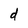
Character: d